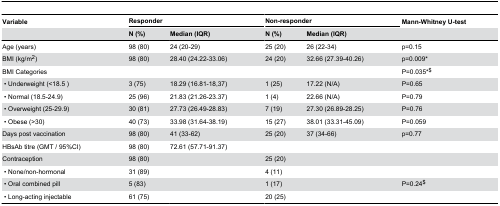
<table><thead><tr><td><b>Variable</b></td><td colspan="2"><b>Responder</b></td><td colspan="2"><b>Non-responder</b></td><td><b>Mann-Whitney U-test</b></td></tr><tr><td></td><td><b>N (%)</b></td><td><b>Median (IQR)</b></td><td><b>N (%)</b></td><td><b>Median (IQR)</b></td><td></td></tr></thead><tbody><tr><td>Age (years)</td><td>98 (80)</td><td>24 (20-29)</td><td>25 (20)</td><td>26 (22-34)</td><td>p=0.15</td></tr><tr><td>BMI (kg/m<sup>2</sup>)</td><td>98 (80)</td><td>28.40 (24.22-33.06)</td><td>24 (20)</td><td>32.66 (27.39-40.26)</td><td>p=0.009*</td></tr><tr><td>BMI Categories</td><td></td><td></td><td></td><td></td><td>P=0.035*<sup>$</sup></td></tr><tr><td> • Underweight (&lt;18.5 )</td><td>3 (75)</td><td>18.29 (16.81-18,37)</td><td>1 (25)</td><td>17.22 (N/A)</td><td>P=0.65</td></tr><tr><td> • Normal (18.5-24.9)</td><td>25 (96)</td><td>21.83 (21.26-23.37)</td><td>1 (4)</td><td>22.66 (N/A)</td><td>P=0.79</td></tr><tr><td> • Overweight (25-29.9)</td><td>30 (81)</td><td>27.73 (26.49-28.83)</td><td>7 (19)</td><td>27.30 (26.89-28.25)</td><td>P=0.76</td></tr><tr><td> • Obese (&gt;30)</td><td>40 (73)</td><td>33.98 (31.64-38.19)</td><td>15 (27)</td><td>38.01 (33.31-45.09)</td><td>P=0.059</td></tr><tr><td>Days post vaccination</td><td>98 (80)</td><td>41 (33-62)</td><td>25 (20)</td><td>37 (34-66)</td><td>p=0.77</td></tr><tr><td>HBsAb titre (GMT / 95%CI)</td><td>98 (80)</td><td>72.61 (57.71-91.37)</td><td></td><td></td><td></td></tr><tr><td>Contraception </td><td>98 (80)</td><td></td><td>25 (20)</td><td></td><td></td></tr><tr><td> • None/non-hormonal</td><td>31 (89)</td><td></td><td>4 (11)</td><td></td><td></td></tr><tr><td> • Oral combined pill</td><td>5 (83)</td><td></td><td>1 (17)</td><td></td><td>P=0.24<sup>$</sup></td></tr><tr><td> • Long-acting injectable</td><td>61 (75)</td><td></td><td>20 (25)</td><td></td><td></td></tr></tbody></table>